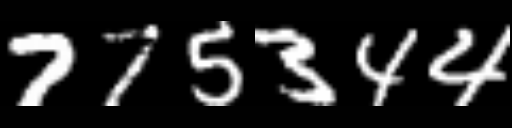
Text: 775344